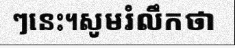
ៗនេះ។សូមរំលឹកថា